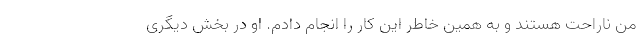
من ناراحت هستند و به همین خاطر این کار را انجام دادم. او در بخش دیگری